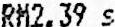
RM2.39 S